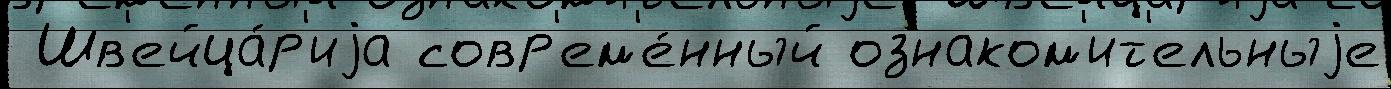
 Шв'ейца́р'иjа совр'ем'е́нный ознаком'ит'ельныjе